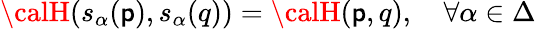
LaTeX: {\calH}(s_{\alpha}(\mathsf{p}),s_{\alpha}(q))={\calH}(\mathsf{p},q),\quad\forall\alpha\in\Delta